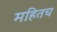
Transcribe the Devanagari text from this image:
महितच